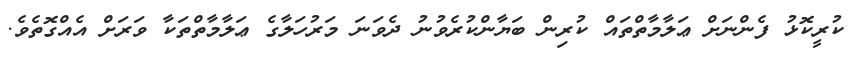
ކުރީކޮޅު ފެންނަށް ޢަލާމާތްތައް ކުރިން ބަޔާންކުރެވުނު ދެވަނަ މަރުހަލާގެ ޢަލާމާތްތަކާ ވަރަށް އެއްގޮތެވެ.